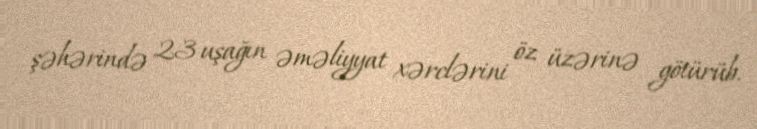
şəhərində 23 uşağın əməliyyat xərclərini öz üzərinə götürüb.